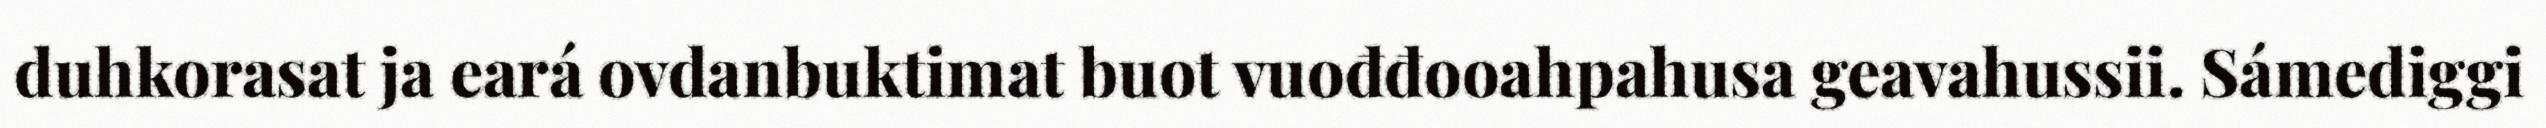
duhkorasat ja eará ovdanbuktimat buot vuođđooahpahusa geavahussii. Sámediggi